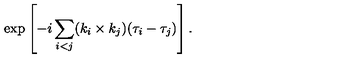
\exp \left[ - i \sum _ { i < j } ( k _ { i } \times k _ { j } ) ( \tau _ { i } - \tau _ { j } ) \right] .